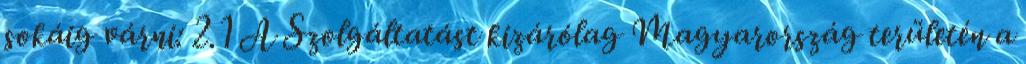
sokáig várni: 2.1 A Szolgáltatást kizárólag Magyarország területén a